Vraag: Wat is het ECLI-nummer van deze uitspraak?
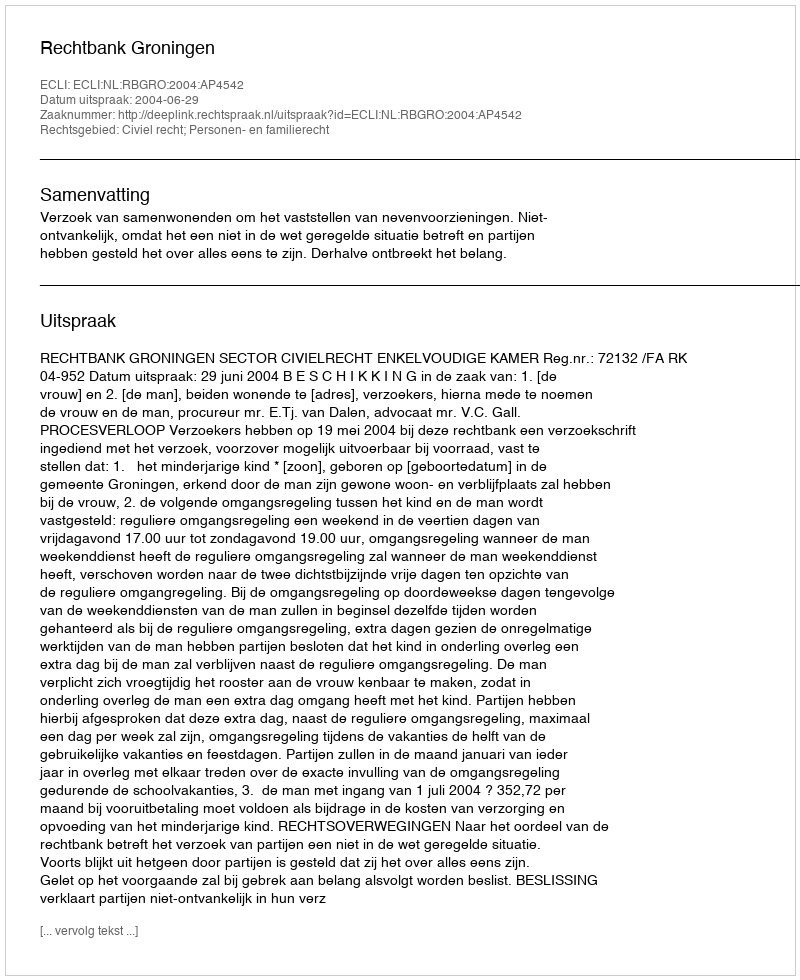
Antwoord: ECLI:NL:RBGRO:2004:AP4542